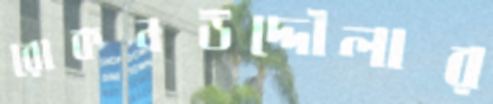
রোকনউদ্দৌলার